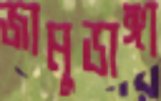
জামুডাঙ্গা